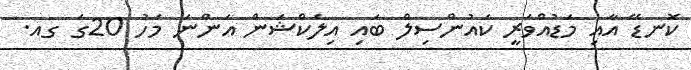
ކޮނޑޭ އާއި މަޑުއްވަރީ ކައުންސިލް ބައި އިލެކްޝަން އަންނަ މަހު 20ގަ ގއ.